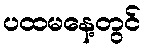
ပထမနေ့တွင်